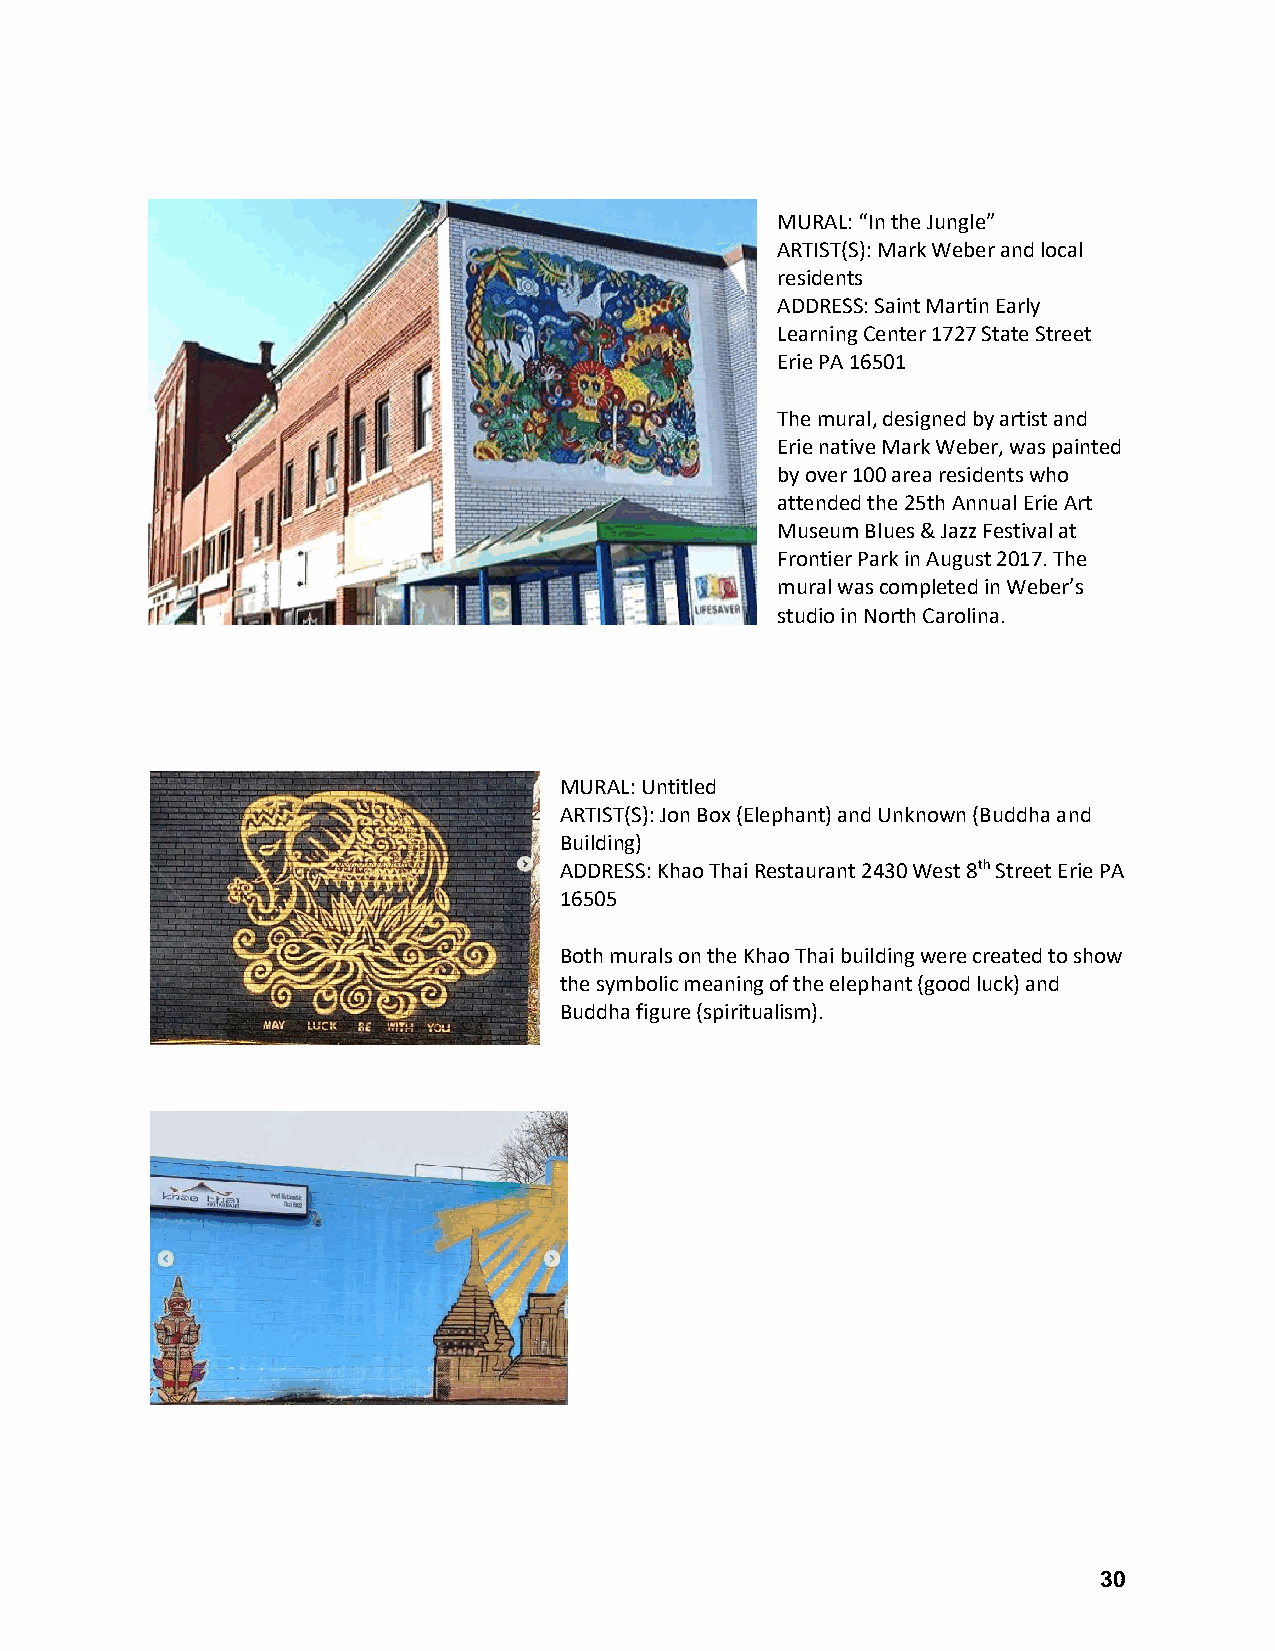
MURAL: “In the Jungle”
 ARTIST(S): Mark Weber and local
 residents
 ADDRESS: Saint Martin Early
 Learning Center 1727 State Street
 Erie PA 16501
 The mural, designed by artist and
 Erie native Mark Weber, was painted
 by over 100 area residents who
 attended the 25th Annual Erie Art
 Museum Blues & Jazz Festival at
 Frontier Park in August 2017. The
 mural was completed in Weber’s
 studio in North Carolina.
 MURAL: Untitled
 ARTIST(S): Jon Box (Elephant) and Unknown (Buddha and
 Building)
 ADDRESS: Khao Thai Restaurant 2430 West 8th Street Erie PA
 16505
 Both murals on the Khao Thai building were created to show
 the symbolic meaning of the elephant (good luck) and
 Buddha figure (spiritualism).
 30